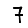
Digit: 7